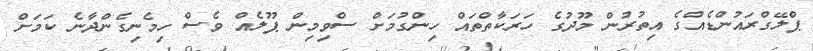
ޕްލޭގްރައުންޑެއްގެ އިތުރުން މޫދުގެ ހަރަކާތްތައް ހިންގުމަށް ސްވިމިން ޕޫލެއް ވެސް ހިމެނިގެންދާނެ ކަމަށް